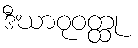
ဒီဃာဝုဝတ္ထု